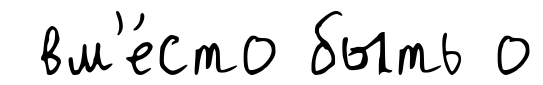
вм'е́сто быть о